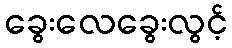
ခွေးလေခွေးလွင့်